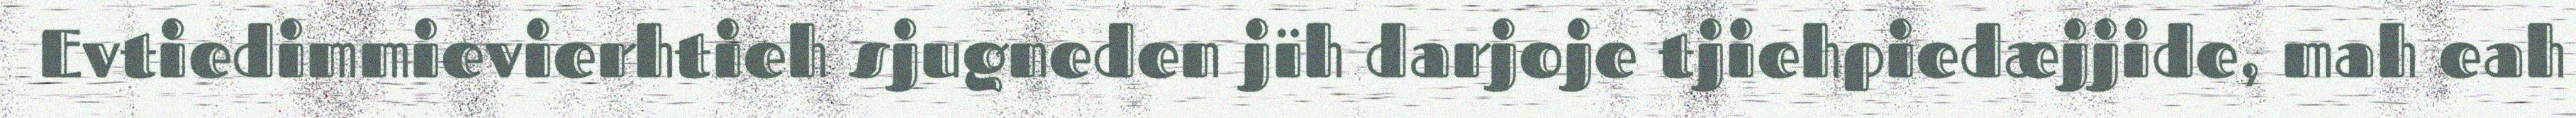
Evtiedimmievierhtieh sjugneden jïh darjoje tjiehpiedæjjide, mah eah